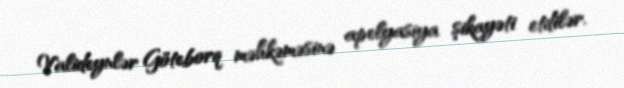
Valideynlər Göteborq məhkəməsinə apelyasiya şikayəti etdilər.